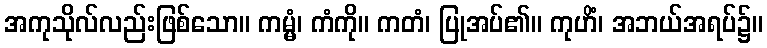
အကုသိုလ်လည်းဖြစ်သော။ ကမ္မံ၊ ကံကို။ ကတံ၊ ပြုအပ်၏။ ကုဟိံ၊ အဘယ်အရပ်၌။